Report on vaccination in the Province of Bengal - 1874-1889
Year: 1874
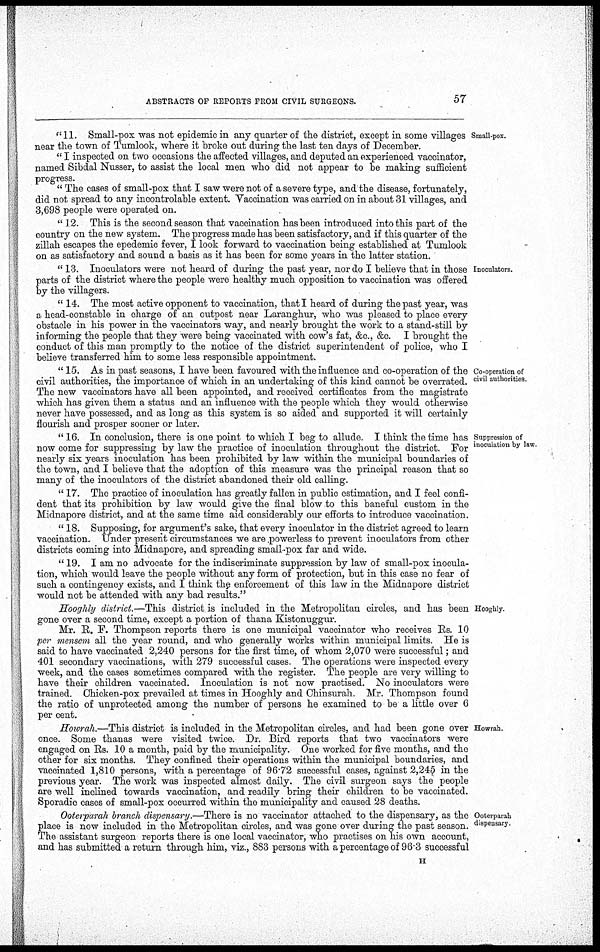
ABSTRACTS OF REPORTS FROM CIVIL SURGEONS.
57
Small-pox.
"11. Small-pox was not epidemic in any quarter of the district, except in some villages
near the town of Tumlook, where it broke out during the last ten days of December.
" I inspected on two occasions the affected villages, and deputed an experienced vaccinator,
named Sibdal Nusser, to assist the local men who did not appear to be making sufficient
progress.
" The cases of small-pox that I saw were not of a severe type, and the disease, fortunately,
did not spread to any incontrolable extent. Vaccination was carried on in about 31 villages, and
3,698 people were operated on.
" 12. This is the second season that vaccination has been introduced into this part of the
country on the new system. The progress made has been satisfactory, and if this quarter of the
zillah escapes the epedemic fever, I look forward to vaccination being established at Tumlook
on as satisfactory and sound a basis as it has been for some years in the latter station.
Inoculators.
" 13. Inoculators were not heard of during the past year, nor do I believe that in those
parts of the district where the people were healthy much opposition to vaccination was offered
by the villagers.
" 14. The most active opponent to vaccination, that I heard of during the past year, was
a head-constable in charge of an outpost near Laranghur, who was pleased to place every
obstacle in his power in the vaccinators way, and nearly brought the work to a stand-still by
informing the people that they were being vaccinated with cow's fat, &c., &c. I brought the
conduct of this man promptly to the notice of the district superintendent of police, who I
believe transferred him to some less responsible appointment.
Co-operation of
civil authorities.
" 15. As in past seasons, I have been favoured with the influence and co-operation of the
civil authorities, the importance of which in an undertaking of this kind cannot be overrated.
The new vaccinators have all been appointed, and received certificates from the magistrate
which has given them a status and an influence with the people which they would otherwise
never have possessed, and as long as this system is so aided and supported it will certainly
flourish and prosper sooner or later.
Suppression of
inoculation by law.
" 16. In conclusion, there is one point to which I beg to allude. I think the time has
now come for suppressing by law the practice of inoculation throughout the district. For
nearly six years inoculation has been prohibited by law within the municipal boundaries of
the town, and I believe that the adoption of this measure was the principal reason that so
many of the inoculators of the district abandoned their old calling.
" 17. The practice of inoculation has greatly fallen in public estimation, and I feel confi-
dent that its prohibition by law would give the final blow to this baneful custom in the
Midnapore district, and at the same time aid considerably our efforts to introduce vaccination.
" 18. Supposing, for argument's sake, that every inoculator in the district agreed to learn
vaccination. Under present circumstances we are powerless to prevent inoculators from other
districts coming into Midnapore, and spreading small-pox far and wide.
" 19. I am no advocate for the indiscriminate suppression by law of small-pox inocula-
tion, which would leave the people without any form of protection, but in this case no fear of
such a contingency exists, and I think the enforcement of this law in the Midnapore district
would not be attended with any bad results."
Hooghly.
Hooghly district.—This district is included in the Metropolitan circles, and has been
gone over a second time, except a portion of thana Kistonuggur.
Mr. R. F. Thompson reports there is one municipal vaccinator who receives Rs. 10
per mensem all the year round, and who generally works within municipal limits. He is
said to have vaccinated 2,240 persons for the first time, of whom 2,070 were successful; and
401 secondary vaccinations, with 279 successful cases. The operations were inspected every
week, and the cases sometimes compared with the register. The people are very willing to
have their children vaccinated. Inoculation is not now practised. No inoculators were
trained. Chicken-pox prevailed at times in Hooghly and Chinsurah. Mr. Thompson found
the ratio of unprotected among the number of persons he examined to be a little over 6
per cent.
Howrah
Howrah.—This district is included in the Metropolitan circles, and had been gone over
once. Some thanas were visited twice. Dr. Bird reports that two vaccinators were
engaged on Rs. 10 a month, paid by the municipality. One worked for five months, and the
other for six months. They confined their operations within the municipal boundaries, and
vaccinated 1,810 persons, with a percentage of 96.72 successful cases, against 2,245 in the
previous year. The work was inspected almost daily. The civil surgeon says the people
are well inclined towards vaccination, and readily bring their children to be vaccinated.
Sporadic cases of small-pox occurred within the municipality and caused 28 deaths.
Ooterparah
dispensary.
Ooterparah branch dispensary.—There is no vaccinator attached to the dispensary, as the
place is now included in the Metropolitan circles, and was gone over during the past season.
The assistant surgeon reports there is one local vaccinator, who practises on his own account,
and has submitted a return through him, viz., 883 persons with a percentage of 96.3 successful
H